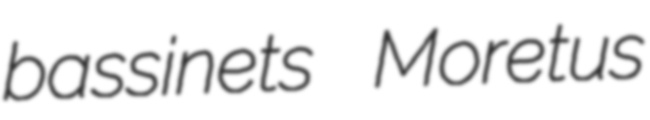
bassinets Moretus